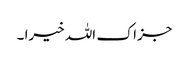
جزاک اللہ خیرا ۔